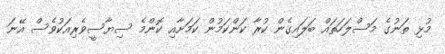
މުޅި ތަނުގެ މަސްލަހަތައް ބަލައިގެން ކުރާ ކަންކަމުން ކަމަށާއި ކޮންމެ ސިޔާސީވެރިއަކުވެސް އޭނަ